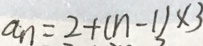
a _ { n } = 2 + ( n - 1 ) \times 3